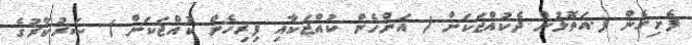
ފެށިގެން ފ.އަތޮޅުން ދެކުއްޖަކަށް ( އަންހެން ކުއްޖަކާއި ފިރިހެން ކުއްޖަކަށް ) ސަރުކާރުގެ